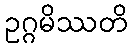
ဥဂ္ဂမိဿတိ